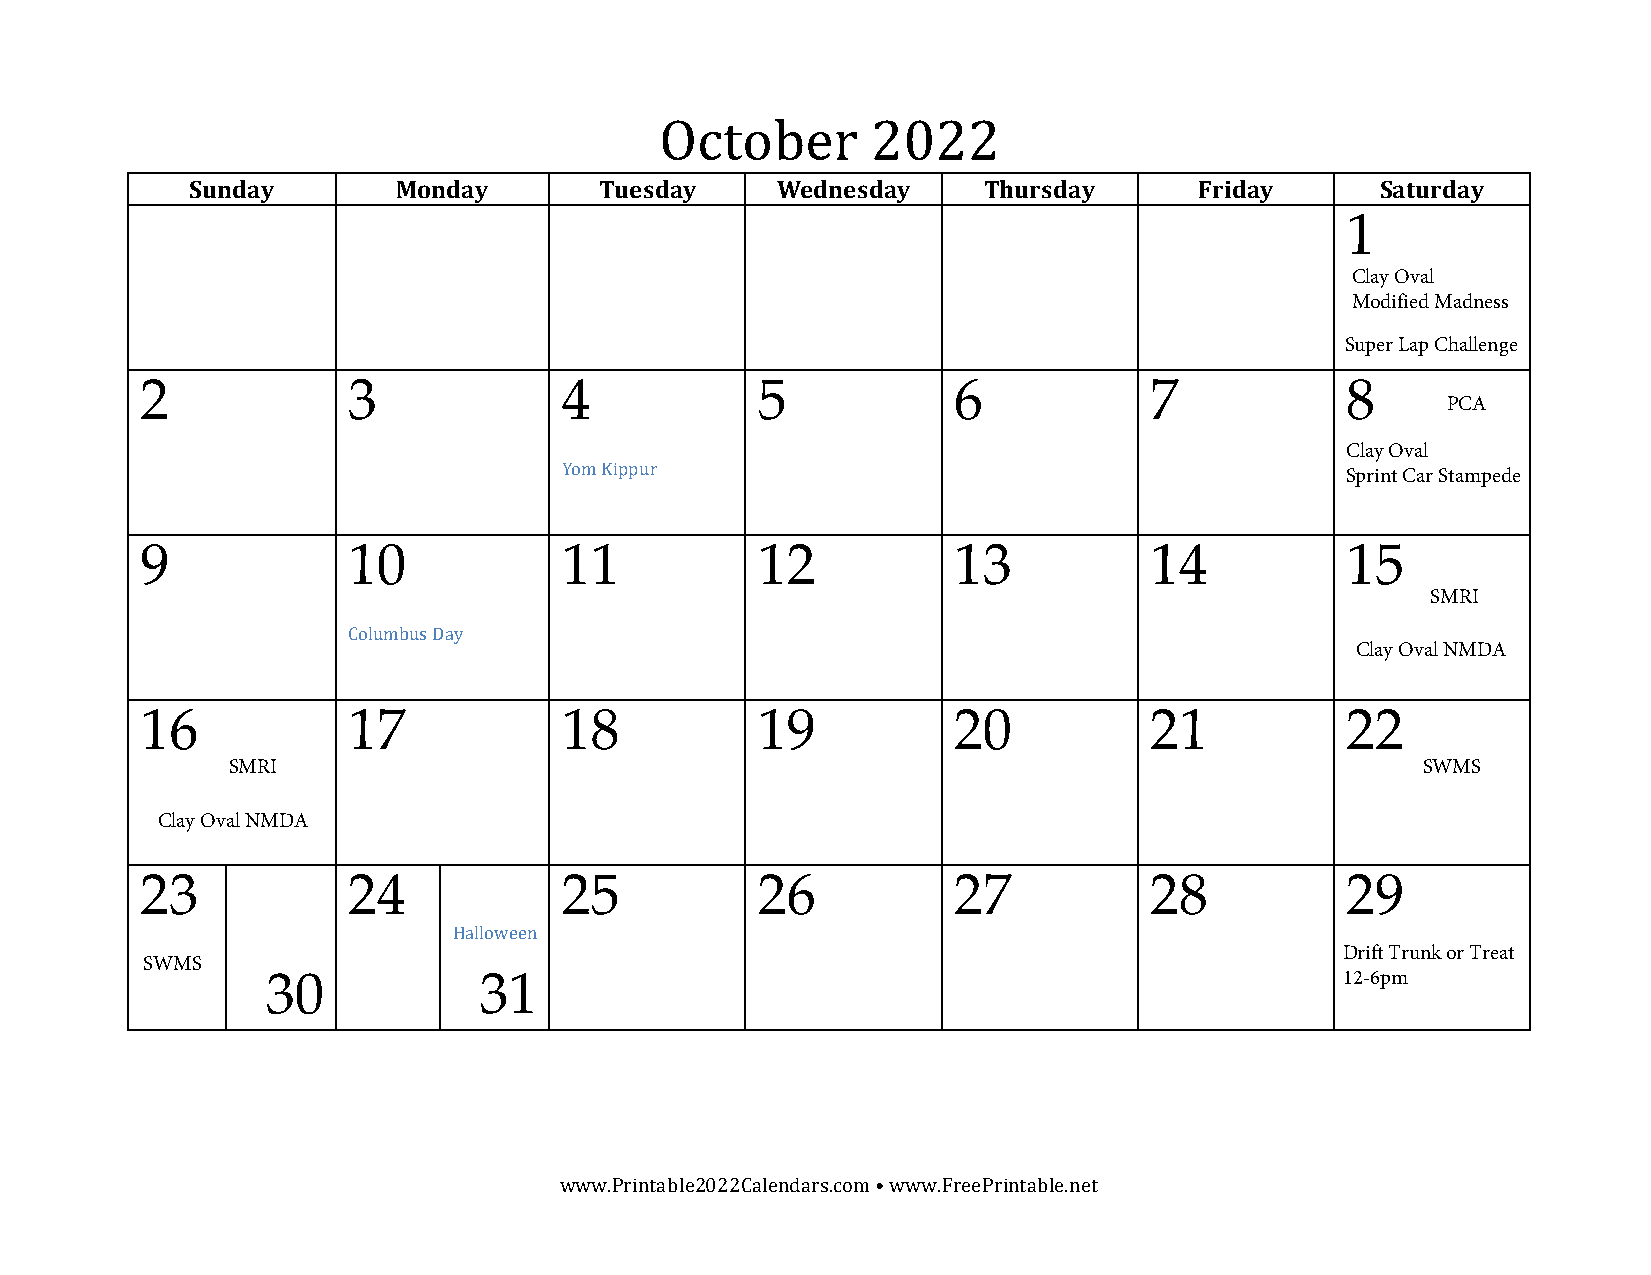
October       2022
 Sunday       Monday        Tuesday    Wednesday     Thursday      Friday      Saturday
 1
 Clay Oval
 Modified Madness
 Super Lap Challenge
 2             3             4            5            6            7            8
 PCA
 Clay Oval
 Yom Kippur
 Sprint Car Stampede
 9             10            11           12           13           14           15
 SMRI
 Columbus Day
 Clay Oval NMDA
 16            17            18           19           20           21           22
 SMRI                                                                           SWMS
 Clay Oval NMDA
 23            24            25           26           27           28           29
 Halloween
 Drift Trunk or Treat
 SWMS
 30            31                                                       12-6pm
 www.Printable2022Calendars.com • www.FreePrintable.net